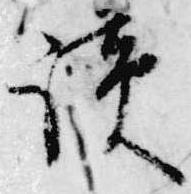
読